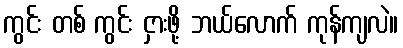
ကွင်း တစ် ကွင်း ငှားဖို့ ဘယ်လောက် ကုန်ကျလဲ။